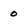
Character: 0